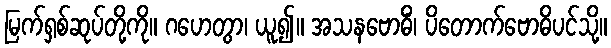
မြက်ရှစ်ဆုပ်တို့ကို။ ဂဟေတွာ၊ ယူ၍။ အသနဗောဓိံ၊ ပိတောက်ဗောဓိပင်သို့။